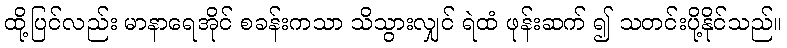
ထို့ပြင်လည်း မာနာရေအိုင် စခန်းကသာ သိသွားလျှင် ရဲထံ ဖုန်းဆက် ၍ သတင်းပို့နိုင်သည်။